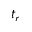
t _ { r }